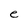
Character: e